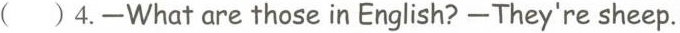
( ) 4.-What are those in English?-They're sheep.